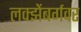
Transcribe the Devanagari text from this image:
लक्झेंबर्गवर